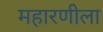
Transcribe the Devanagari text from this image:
महारणीला